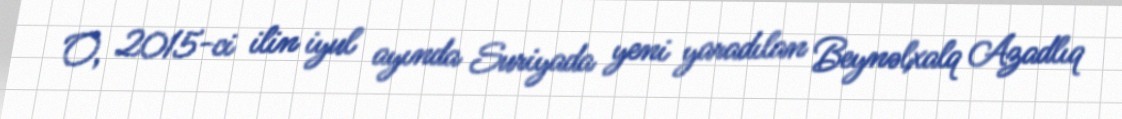
O, 2015-ci ilin iyul ayında Suriyada yeni yaradılan Beynəlxalq Azadlıq